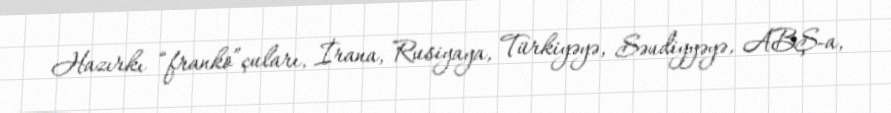
Hazırkı “franko”çuları, İrana, Rusiyaya, Türkiyəyə, Səudiyyəyə, ABŞ-a,